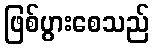
ဖြစ်ပွားစေသည်